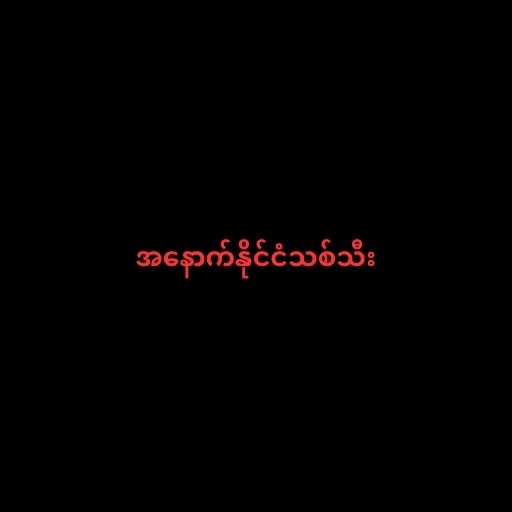
အနောက်နိုင်ငံသစ်သီး